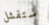
ستفشل